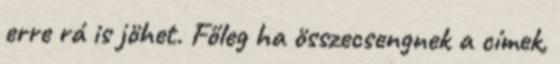
erre rá is jöhet. Főleg ha összecsengnek a címek,